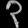
Digit: ၃